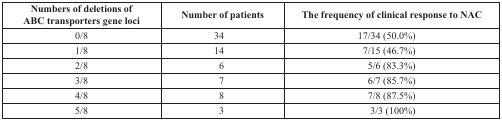
<table><thead><tr><td><b>Numbers of deletions of ABC transporters gene loci</b></td><td><b>Number of patients</b></td><td><b>The frequency of clinical response to NAC</b></td></tr></thead><tbody><tr><td>0/8</td><td>34</td><td>17/34 (50.0%)</td></tr><tr><td>1/8</td><td>14</td><td>7/15 (46.7%)</td></tr><tr><td>2/8</td><td>6</td><td>5/6 (83.3%)</td></tr><tr><td>3/8</td><td>7</td><td>6/7 (85.7%)</td></tr><tr><td>4/8</td><td>8</td><td>7/8 (87.5%)</td></tr><tr><td>5/8</td><td>3</td><td>3/3 (100%)</td></tr></tbody></table>